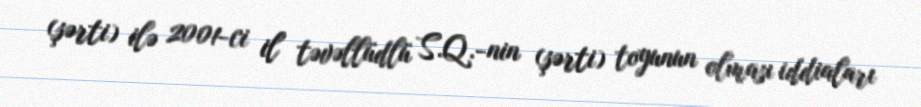
(şərti) ilə 2001-ci il təvəllüdlü S.Q.-nin (şərti) toyunun olması iddiaları